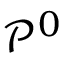
\mathcal { P } ^ { 0 }